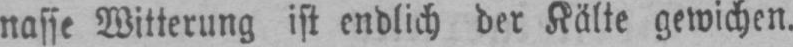
nasse Witterung ist endlich der Kälte gewichen.